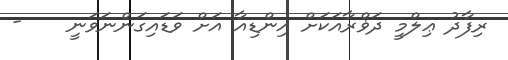
ރިފާދު ޢިލްމީ ދަޥްރާއަކަށް އިންޑިއާ އަށް ވަޑައިގަންނަވަނީ    -